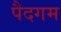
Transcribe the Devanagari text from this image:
पैदगम